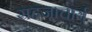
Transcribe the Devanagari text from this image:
सहजाचार्य